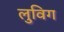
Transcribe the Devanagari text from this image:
लुविग